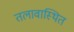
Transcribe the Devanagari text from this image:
तलावास्थित